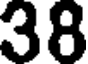
38